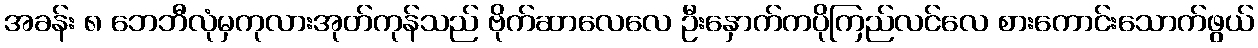
အခန်း ၈ ဘေဘီလုံမှကုလားအုတ်ကုန်သည် ဗိုက်ဆာလေလေ ဦးနှောက်ကပိုကြည်လင်လေ စားကောင်းသောက်ဖွယ်